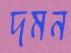
দমন